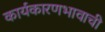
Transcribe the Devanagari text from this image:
कार्यकारणभावाची